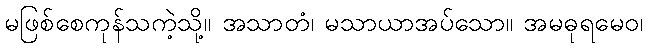
မဖြစ်စေကုန်သကဲ့သို့။ အသာတံ၊ မသာယာအပ်သော။ အမဓုရမေဝ၊